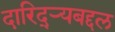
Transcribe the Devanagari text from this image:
दारिद्‌र्‍यबद्दल